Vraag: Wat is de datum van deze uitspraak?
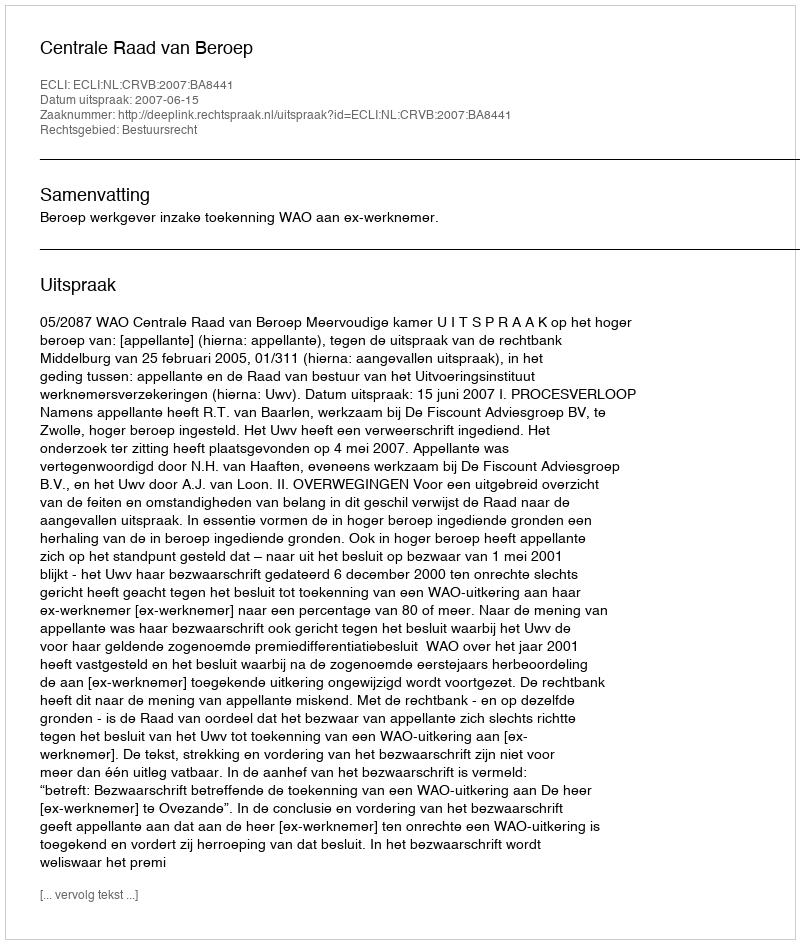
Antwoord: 2007-06-15